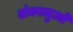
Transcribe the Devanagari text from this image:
शंकालुओं